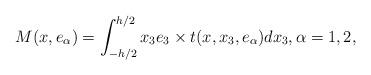
LaTeX: \begin{align*} M(x,e_\alpha) = \int_{-h/2}^{h/2} x_3 e_3 \times t (x,x_3,e_\alpha) dx_3, \alpha=1,2,\end{align*}